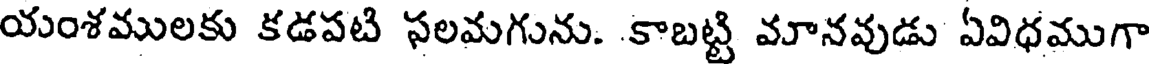
యంశములకు కడపటి ఫలమగును. .కాబట్టి మానవుడు ఏవిధముగా